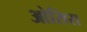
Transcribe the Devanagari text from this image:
ओसिस